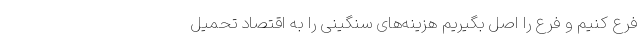
فرع کنیم و فرع را اصل بگیریم هزینه‌های سنگینی را به اقتصاد تحمیل